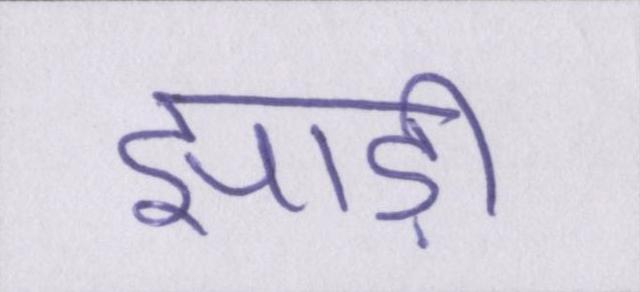
झाड़ी